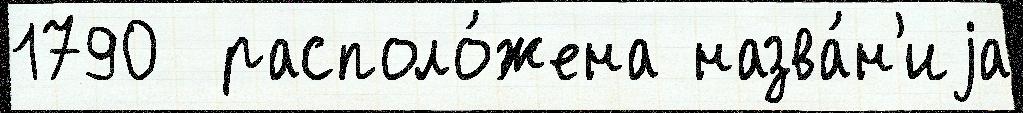
1790  располо́жена назва́н'иjа